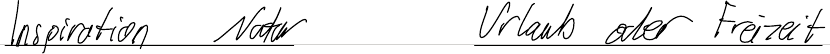
Inspiration Natur   Urlaub oder Freizeit